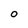
Character: 0